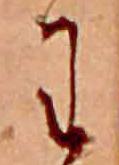
わ